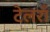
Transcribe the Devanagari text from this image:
टेलराँ